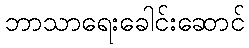
ဘာသာရေးခေါင်းဆောင်